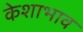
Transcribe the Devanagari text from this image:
केशाभाव